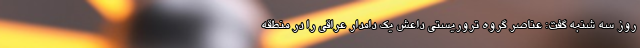
روز سه شنبه گفت: عناصر گروه تروریستی داعش یک دامدار عراقی را در منطقه